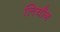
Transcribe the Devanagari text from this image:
लियौन